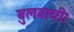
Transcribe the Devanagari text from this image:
बुलवायी।